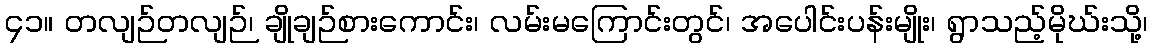
၄၁။ တလျဉ်တလျဉ်၊ ချိုချဉ်စားကောင်း၊ လမ်းမကြောင်းတွင်၊ အပေါင်းပန်းမျိုး၊ ရွာသည့်မိုဃ်းသို့၊